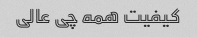
کیفیت همه چی عالی